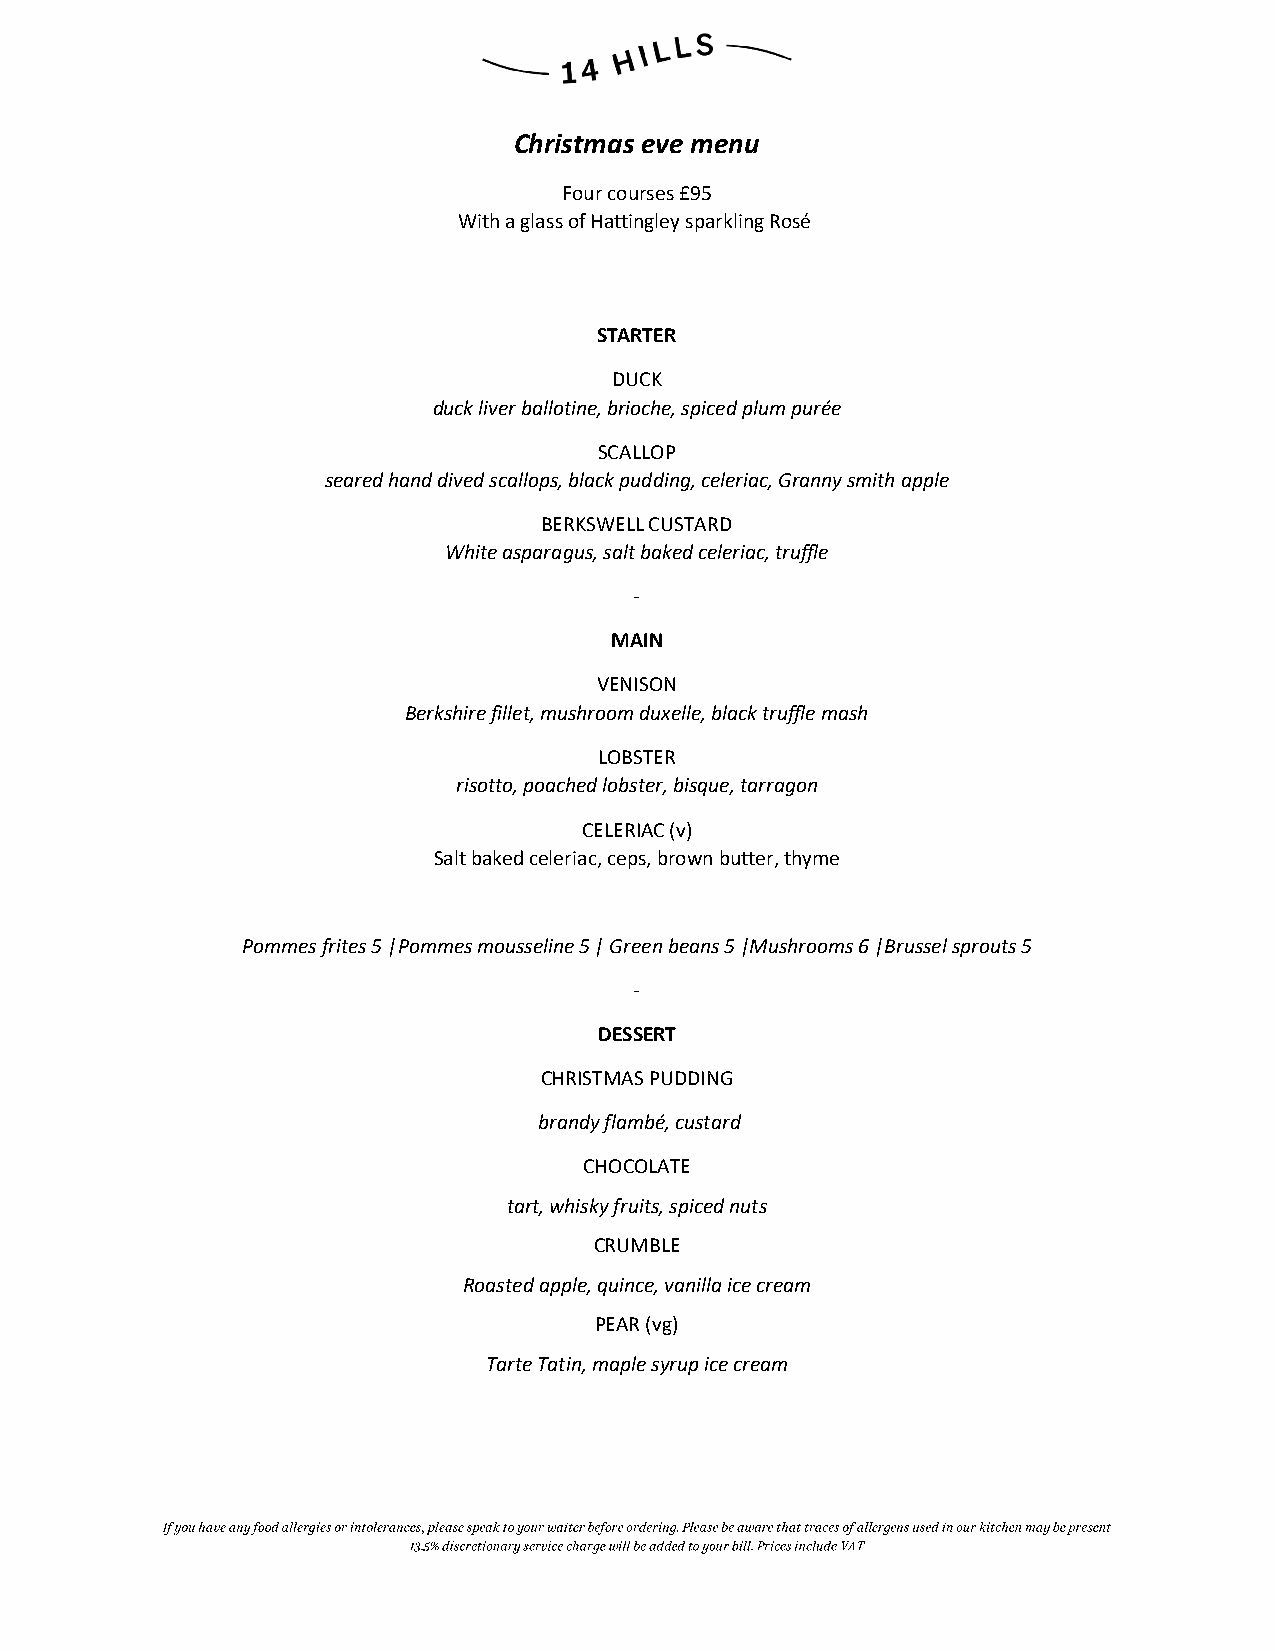
Christmas eve menu
 Four courses £95
 With a glass of Hattingley sparkling Rosé
 STARTER
 DUCK
 duck liver ballotine, brioche, spiced plum purée
 SCALLOP
 seared hand dived scallops, black pudding, celeriac, Granny smith apple
 BERKSWELL CUSTARD
 White asparagus, salt baked celeriac, truffle
 -
 MAIN
 VENISON
 Berkshire fillet, mushroom duxelle, black truffle mash
 LOBSTER
 risotto, poached lobster, bisque, tarragon
 CELERIAC (v)
 Salt baked celeriac, ceps, brown butter, thyme
 Pommes frites 5 |Pommes mousseline 5 | Green beans 5 |Mushrooms 6 |Brussel sprouts 5
 -
 DESSERT
 CHRISTMAS PUDDING
 brandy flambé, custard
 CHOCOLATE
 tart, whisky fruits, spiced nuts
 CRUMBLE
 Roasted apple, quince, vanilla ice cream
 PEAR (vg)
 Tarte Tatin, maple syrup ice cream